Report of an investigation into the causes of malaria in Bombay and the measures necessary for its control
Disease focus: Malaria
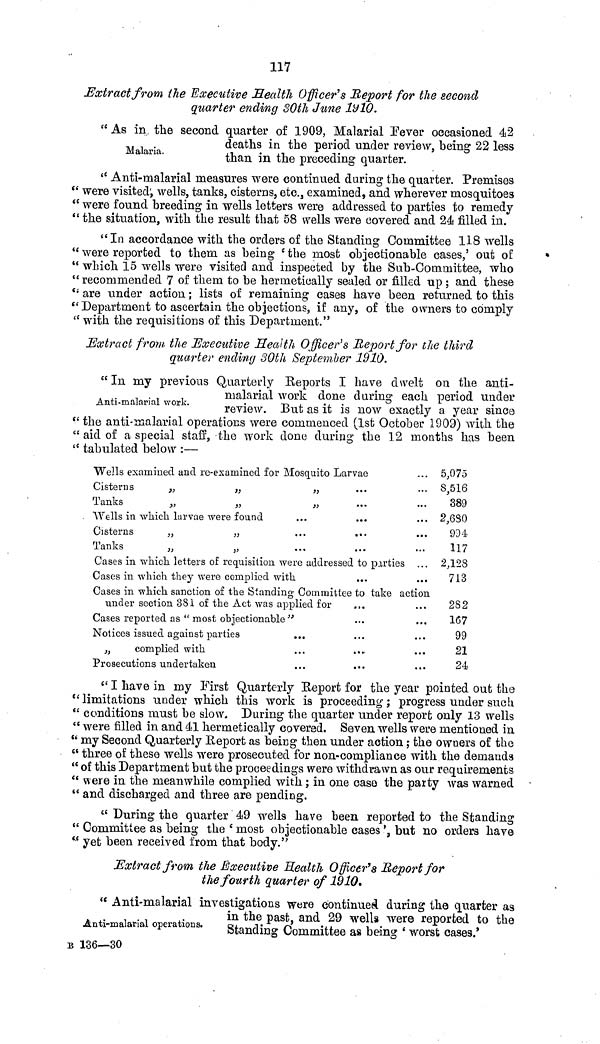
117
Extract from the Executive Health Officer's Report for the second
quarter ending 30th June 1910.
" As in the second quarter of 1909, Malarial Fever occasioned 42
deaths in the period under review, being 22 less
Malaria.
than in the preceding quarter.
" Anti-malarial measures were continued during the quarter. Premises
" were visited; wells, tanks, cisterns, etc., examined, and wherever mosquitoes
" were found breeding in wells letters were addressed to parties to remedy
" the situation, with the result that 58 wells were covered and 24 filled in.
"In accordance with the orders of the Standing Committee 118 wells
" were reported to them as being ' the most objectionable cases,' out of
" which 15 wells were visited and inspected by the Sub-Committee, who
" recommended 7 of them to be hermetically sealed or filled up ; and these
" are under action; lists of remaining cases have been returned to this
" Department to ascertain the objections, if any, of the owners to comply
"with the requisitions of this Department."
Extract from the Executive Health Officer's Report for the third
quarter ending 30th September 1910.
" In my previous Quarterly Reports I have dwelt on the anti-
malarial work done during each period under
Anti-malarial work.
review. But as it is now exactly a year since
"the anti-malarial operations were commenced (1st October 1909) with the
" aid of a special staff, the work done during the 12 months has been
" tabulated below :—
Wells examined and re-examined for Mosquito Larvae
Cisterns
„
„
„
Tanks
„
„
„
Wells in which larvae were found
Cisterns
„
„
Tanks
„
„
Cases in which letters of requisition were addressed to parties
Cases in which they were complied with
Cases in which sanction of the Standing Committee to take action
under section 381 of the Act was applied for
Cases reported as " most objectionable"
Notices issued against parties
"
complied with
Prosecutions undertaken
5,075
8,516
389
2,630
994
117
2,128
713
282
167
99
21
24
" I have in my First Quarterly Report for the year pointed out the
"limitations under which this work is proceeding; progress under such
" conditions must be slow. During the quarter under report only 13 wells
" were filled in and 41 hermetically covered. Seven wells were mentioned in
" my Second Quarterly Report as being then under action; the owners of the
" three of these wells were prosecuted for non-compliance with the demands
" of this Department but the proceedings were withdrawn as our requirements
" were in the meanwhile complied with; in one case the party was warned
" and discharged and three are pending.
" During the quarter 49 wells have been reported to the Standing
" Committee as being the ' most objectionable cases', but no orders have
" yet been received from that body."
Extract from the Executive Health Officer' s Report for
the fourth quarter of 1910.
Anti-malarial operations.
" Anti-malarial investigations were continued, during the quarter as
in the past, and 29 wells were reported to the
Standing Committee as being ' worst cases.'